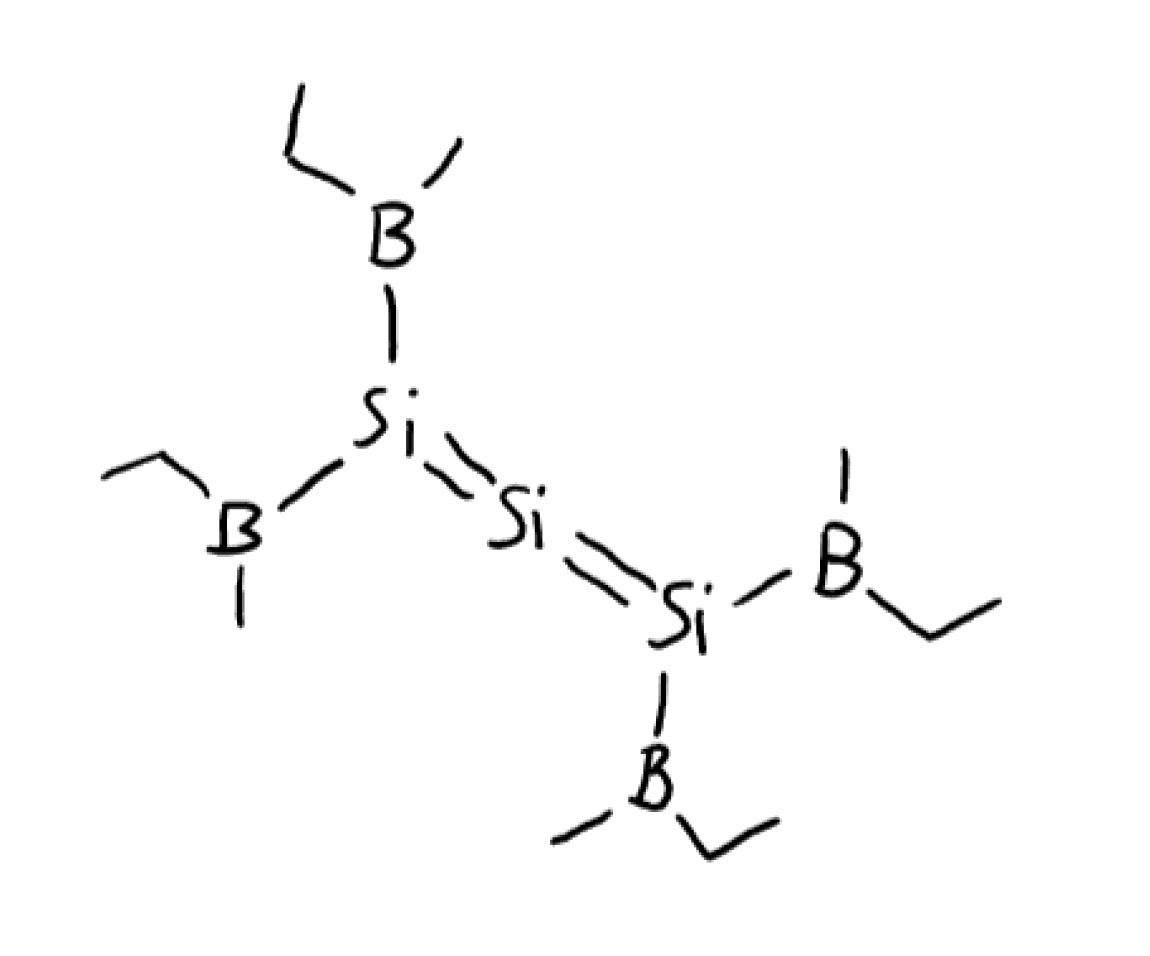
Simplified molecular-input line-entry system (SMILES) notation of the given molecule:
B(C)(CC)[Si](=[Si]=[Si](B(C)CC)B(C)CC)B(C)CC